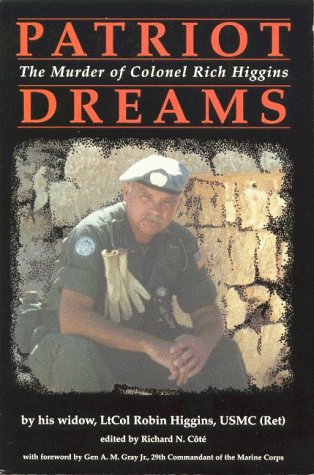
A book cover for Patriot Dreams : The Murder of Colonel Rich Higgins; Robin Higgins; History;